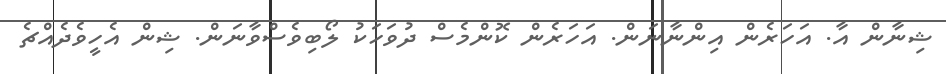
ޝިނާން އާ. އަހަރެން އިންނާނަން. އަހަރެން ކޮންމެސް ދުވަހަކު ލޯބިވެސްވާނަން. ޝިން އެހީވެދެއްޗެ